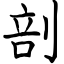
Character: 剖